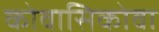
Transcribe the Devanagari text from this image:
कोवासिकोवा